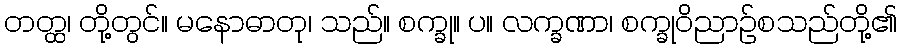
တတ္ထ၊ တို့တွင်။ မနောဓာတု၊ သည်။ စက္ခု။ ပ။ လက္ခဏာ၊ စက္ခုဝိညာဉ်စသည်တို့၏